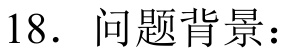
18. 问题背景：